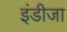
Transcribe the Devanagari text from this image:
इंडीजा